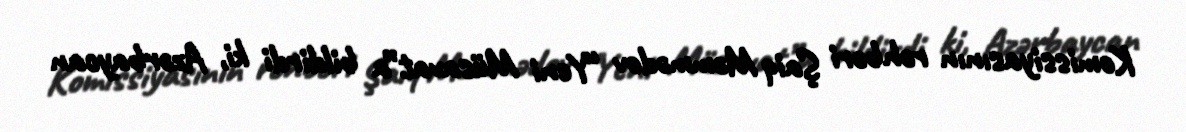
Komissiyasının rəhbəri Şaiq Məmmədov “Yeni Müsavat”a bildirdi ki, Azərbaycan